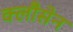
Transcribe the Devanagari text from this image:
क्लौसेन